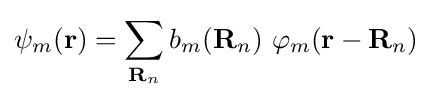
\psi _{m}(\mathbf {r} )=\sum _{\mathbf {R} _{n}}b_{m}(\mathbf {R} _{n})\ \varphi _{m}(\mathbf {r} -\mathbf {R} _{n})